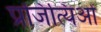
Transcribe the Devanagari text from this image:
प्रजित्यिओं